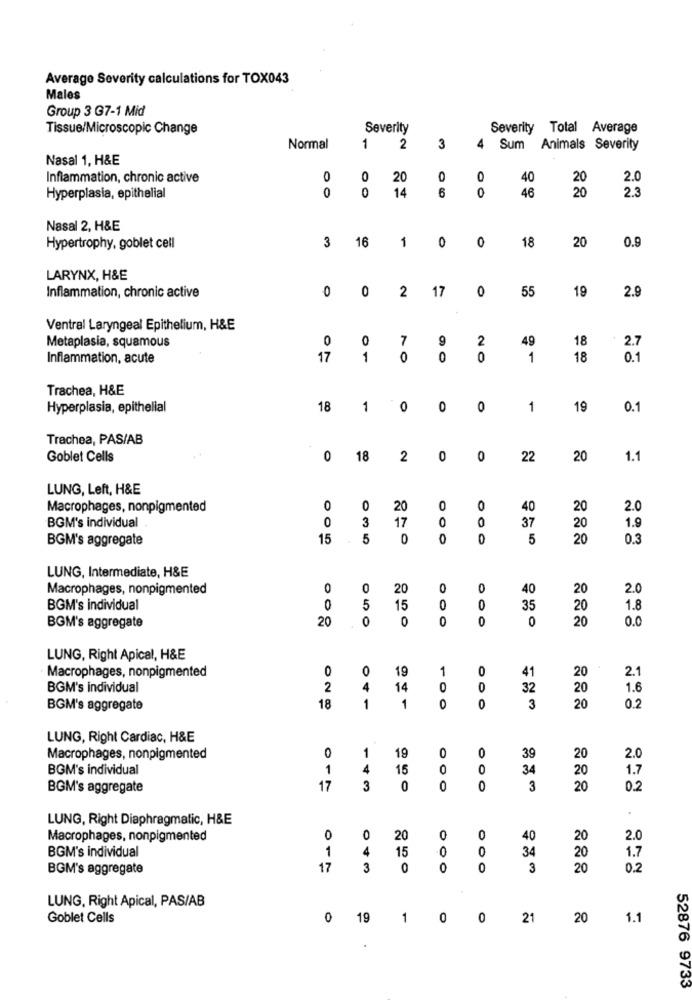
Average Severity calculations for TOX043
Males
Group 3 G7-1 Mid
Tissue/Microscopic Change
Severity
Severity Total Average
Normal
1
2
3
4
Sum Animals Severity
Nasal 1, H&E
Inflammation, chronic active
0
0
20
0
0
40
20
2.0
0
14
6
0
20
Hyperplasia, epithelial
46
2.3
Nasal 2, H&E
3
16
1
0
0
Hypertrophy, goblet cell
18
20
0.9
LARYNX, H&E
0
0
2
17
0
55
19
2.9
Inflammation, chronic active
Ventral Laryngeal Epithelium, H&E
Metaplasia, squamous
0
0
7
9
2
49
18
2.7
Inflammation, acute
17
1
0
0
0
1
18
0.1
Trachea, H&E
Hyperplasia, epithelial
18
1
0
0
0
1
19
0.1
Trachea, PAS/AB
Goblet Cells
0
18
2
0
0
22
20
1.1
LUNG, Left, H&E
Macrophages, nonpigmented
O
0
20
0
0
40
20
2.0
0
3
17
37
20
1.9
BGM's individual
BGM's aggregate
15
5
0
0
0
5
20
0.3
LUNG, Intermediate, H&E
Macrophages, nonpigmented
0
0
20
0
0
40
20
2.0
BGM's individual
5
15
O
0
35
20
1.8
20
0
0
0
0
0
20
0.0
BGM's aggregate
LUNG, Right Apical, H&E
0
0
19
1
0
41
20
Macrophages, nonpigmented
2.1
BGM's individual
2
4
14
0
32
20
1.6
BGM's aggregate
18
1
1
0
0
3
20
0.2
LUNG, Right Cardiac, H&E
1
0
0
Macrophages, nonpigmented
0
19
39
20
2.0
BGM's individual
1
4
16
O
0
34
20
1.7
BGM's aggregate
17
3
0
0
0
3
20
0.2
LUNG, Right Diaphragmatic, H&E
Macrophages, nonpigmented
0
0
20
0
40
20
2.0
BGM's individual
1
4
15
0
34
20
1.7
BGM's aggregate
17
3
0
O
0
3
20
0.2
LUNG, Right Apical, PAS/AB
Goblet Cells
0
19
1
0
0
21
20
1.1
52876 9733